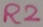
Text: R2